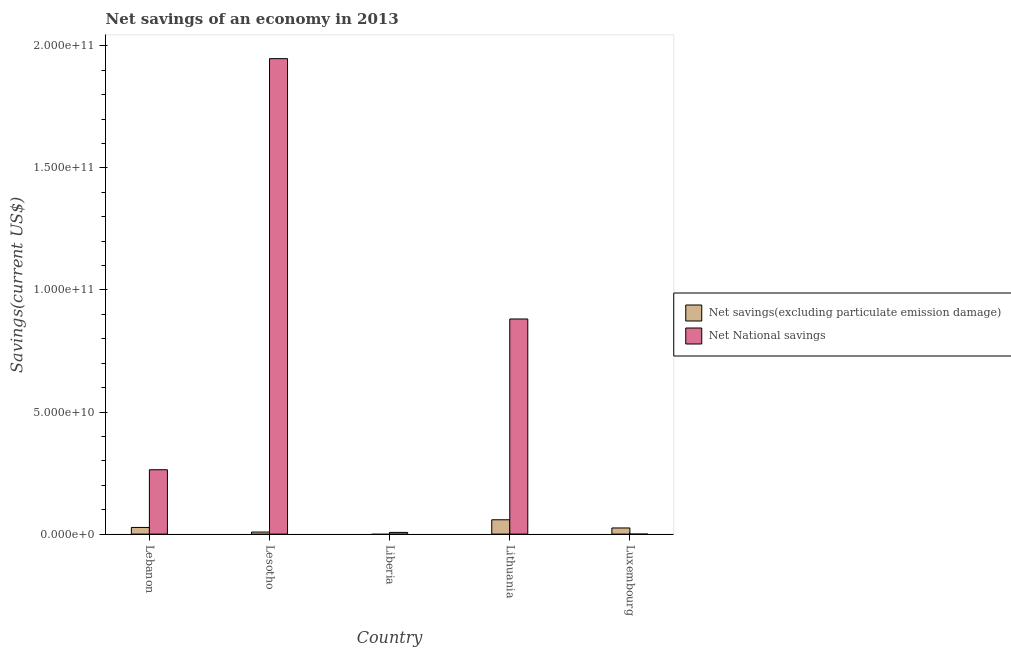
| Country | Net savings(excluding particulate emission damage) | Net National savings |
 | --- | --- | --- |
 | Lebanon | 2.73e+09 | 2.64e+10 |
 | Lesotho | 8.42e+08 | 1.95e+11 |
 | Liberia | -6.16e+08 | 6.92e+08 |
 | Lithuania | 5.87e+09 | 8.81e+10 |
 | Luxembourg | 2.52e+09 | -2.58e+07 |